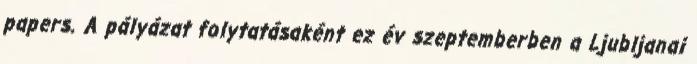
papers. A pályázat folytatásaként ez év szeptemberben a Ljubljanai